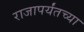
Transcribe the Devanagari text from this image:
राजापर्यंतच्या